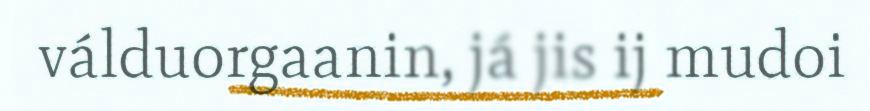
válduorgaanin, já jis ij mudoi